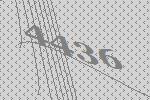
4436